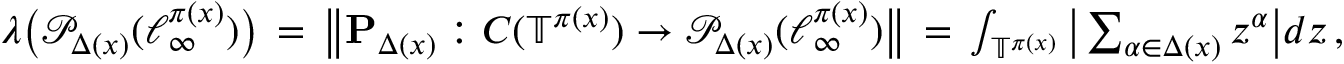
\begin{array} { r } { \boldsymbol { \lambda } \big ( \mathcal { P } _ { \Delta ( x ) } ( \ell _ { \infty } ^ { \pi ( x ) } ) \big ) \, = \, \big \| \mathbf { P } _ { \Delta ( x ) } : C ( \mathbb { T } ^ { \pi ( x ) } ) \rightarrow \mathcal { P } _ { \Delta ( x ) } ( \ell _ { \infty } ^ { \pi ( x ) } ) \big \| \, = \, \int _ { \mathbb { T } ^ { \pi ( x ) } } \big | \sum _ { \alpha \in \Delta ( x ) } z ^ { \alpha } \big | d z \, , } \end{array}